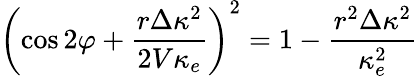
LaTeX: \left(\cos 2\varphi+\frac{r\Delta\kappa^{2}}{2V\kappa_{e}}\right)^{2}=1-\frac{r^{2}\Delta\kappa^{2}}{\kappa_{e}^{2}}